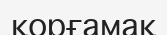
қорғамақ